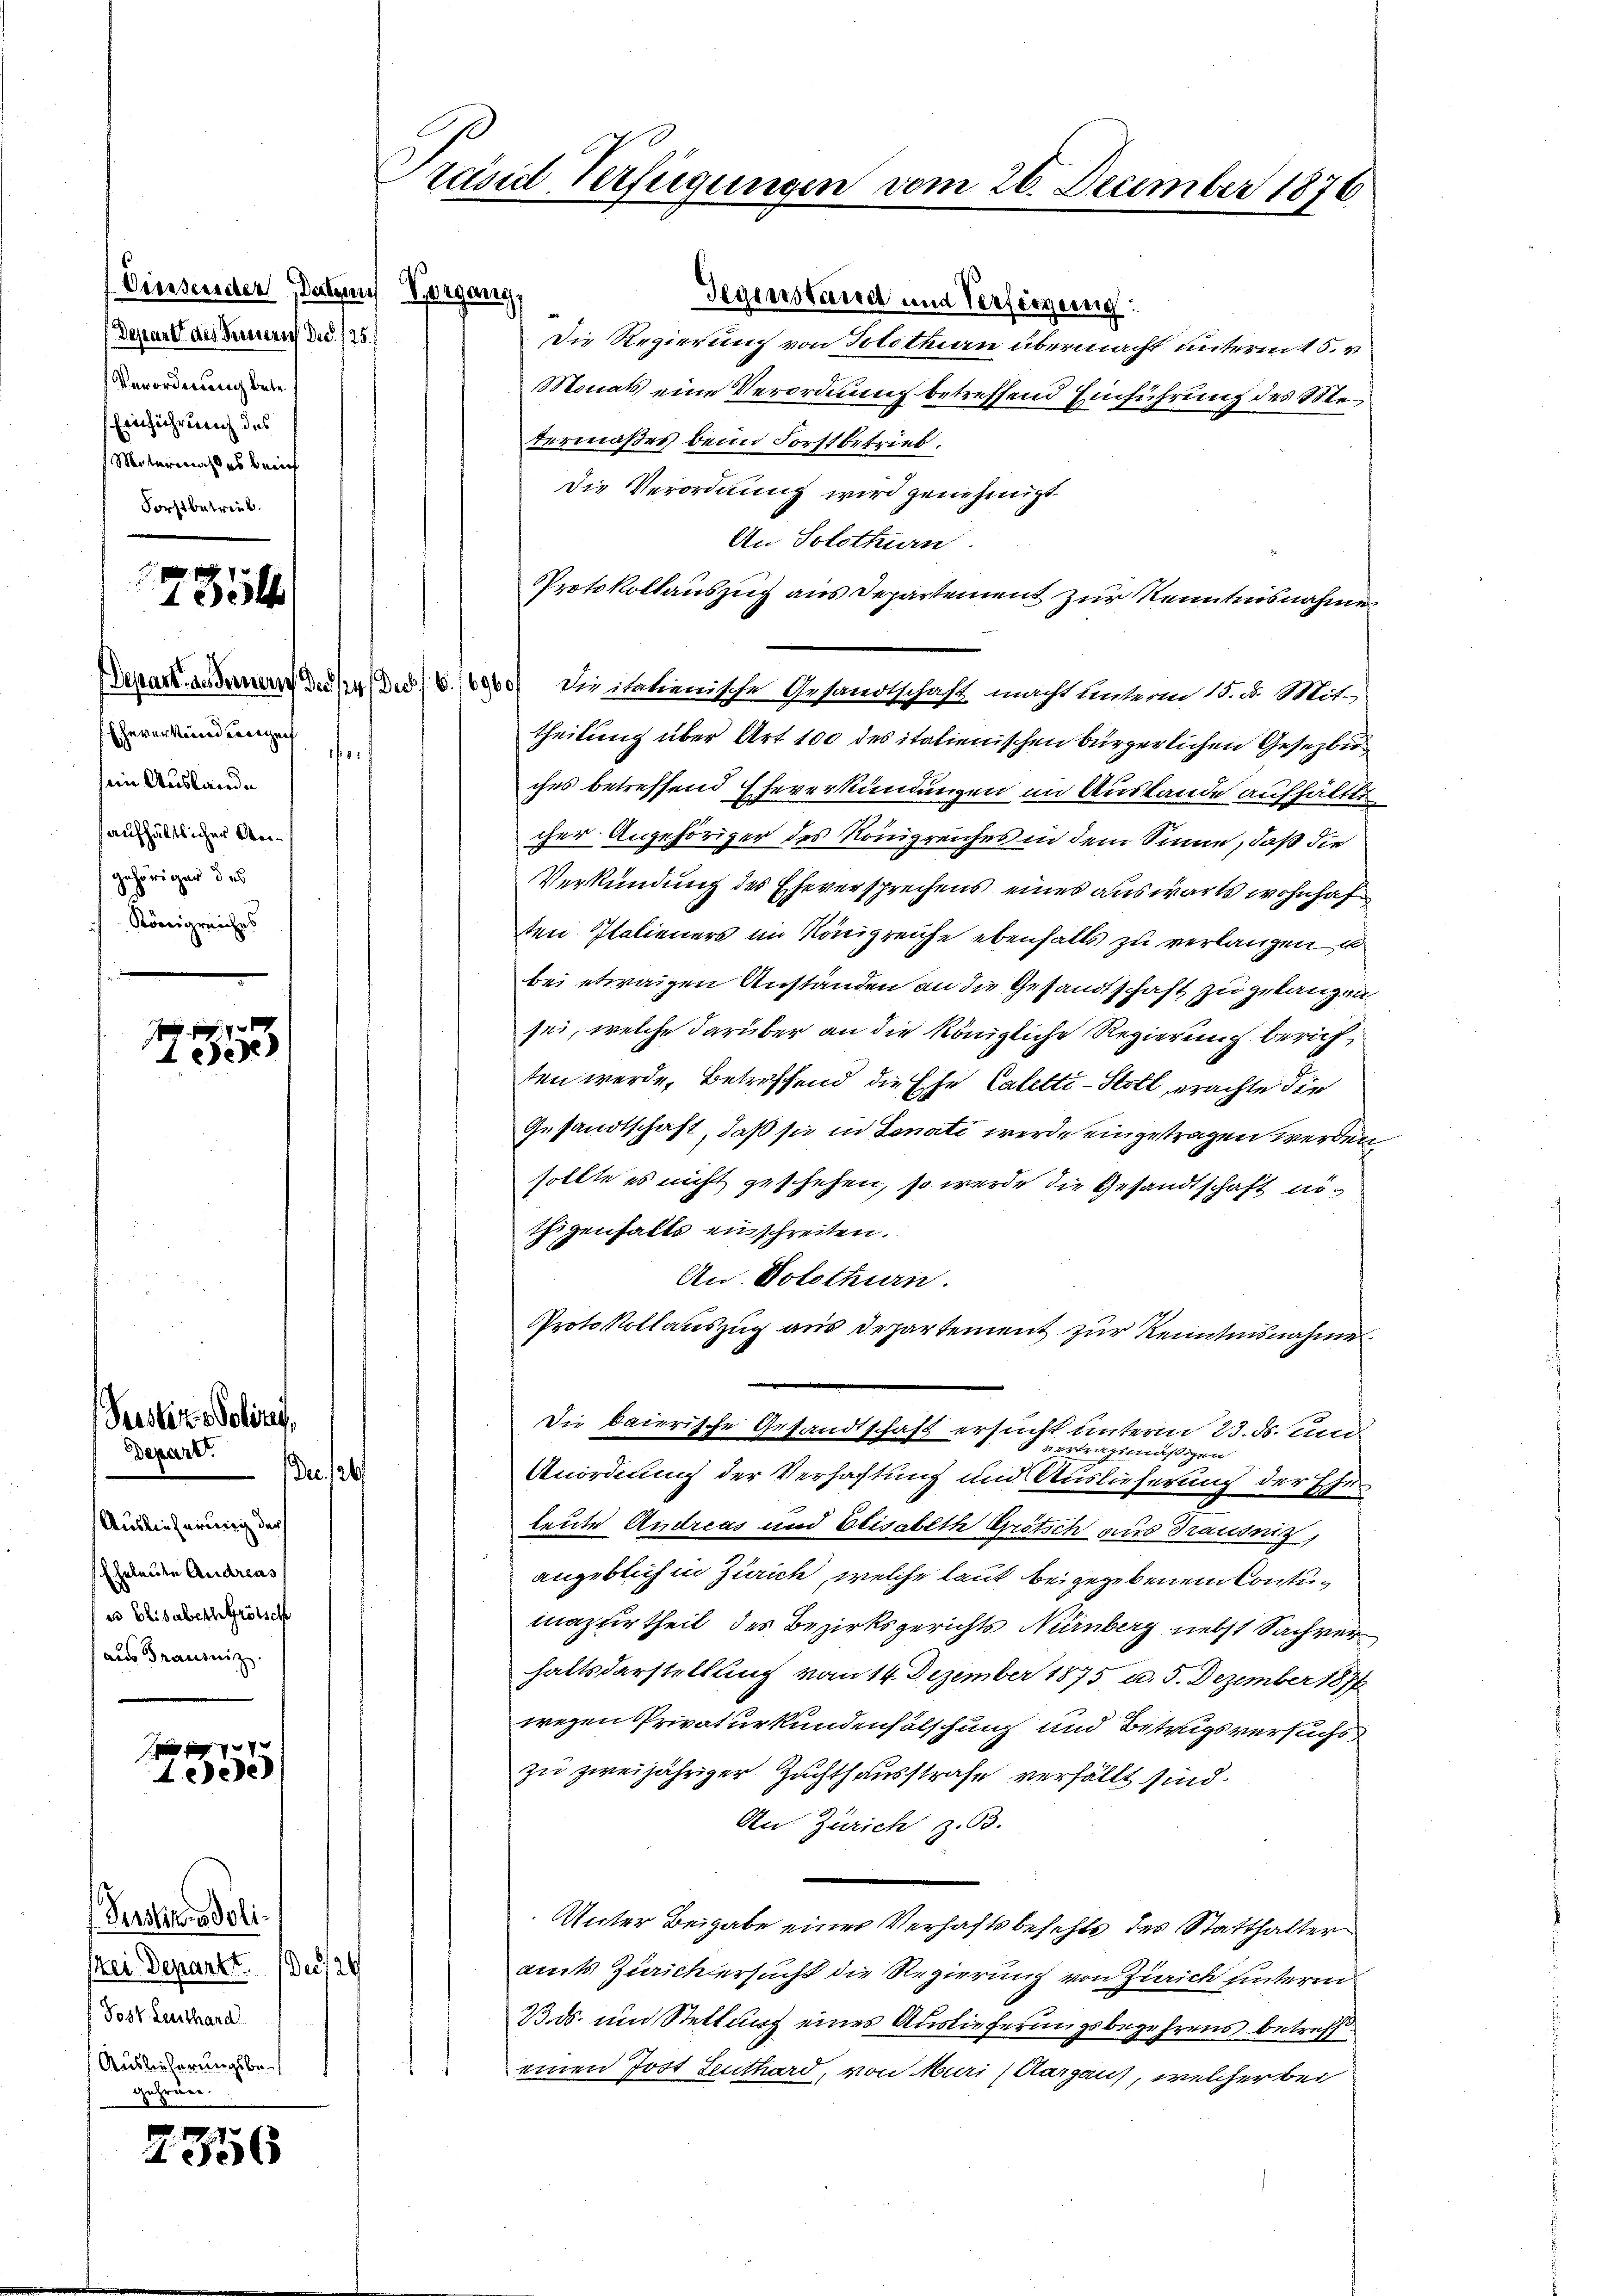
Diesender, Dutzen Vorgang
Depart des Fernerich Dec. 125.
Verordnung betr.
Einführung des
Mitermaßes berich
Forstbetrieb.

.
185

Eherer und anzeit
¬
sein Auslande
saufhältlicher Angehörigen des
Königreiches

x
1 eine

Peistert Polizei,
Depart
us
Auslieferung der
Eheleute Andreas
es Elisabeth Grötsch
aus Grausniz.

f 9 x
4eede

Sersters Polistei Departt. Der 126
Post. Leuthard
Auslieferungsbegehren.

.
2356

Prand Verfügungen

Gegenstand und Versorgung:
Die Regierung von Solothurn übermacht untermit 5. v
Monats eine Verordnung betreffend Einführung des Metermaßes beim Forstbetrieb.
Die Verordnung wird genehmigt.
An Solothurn.
Protokollauszug aus Departement zur Kenntnisnahme
Herausanne des des v. 10000 Visitatienische Gesandtschaft macht hinterm 18. d. Mit.
theilung über Art 100 des italienischen bürgerlichen Gesezbir
ches betreffend Eheverkündungen im Auslande aufhältli
cher Angehöriger des Königreiches in dem Sinne, daß die
Verkündung des Eheversprechens eines auswärts wohnhaften Italieners im Königreiche ebenfalls zu verlangen u
bei etwaigen Anständen an die Gesandtschaft zu gelangen
sei, welche darüber an die königliche Regierung berichten werde, betreffend die Ehe Caletti-Stoll, erachte die
Gesandtschaft, daß sie in Senate werde eingetragen werden
sollte es nicht geschehen, so werde die Gesandtschaft nöthigenfalls einschreiten.
An. Solothurn.
Protokollauszug aus Departement zur Kenntnisnahme
Die baierische Gesandtschaft ersucht unterm 23. ds. und
vertrag
mäßigen
Unordnung der Verhaftung und Auslieferung der Ehe
leute Andreas und Elisabeth Grötsch aus Drausnig,
angeblich in Zürich, welche laut beigegebenen Contumazurtheil des Bezirksgerichts Nürnberg nebst Sachverhaltsdarstellung vom 14. Dezember 1875 u. 5. Dezember 1877
wegen Privaturkundenfälschung und Betrugsversuchs
zu zweijähriger Zuchthausstrafe verfällt sind.
An Zürich z. 63.
Unter Beigabe einer Verhaftsbefehle des Statthalter
amts Zürich ersucht die Regierung von Zürich hinterm
B ds. und Stellung eines Auslieferungsbegehrens betreff
einen Jost Leuthard, von Muri (Aargaus, welcher bei

vom 26. December 1876